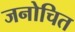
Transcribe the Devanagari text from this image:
जनोचित